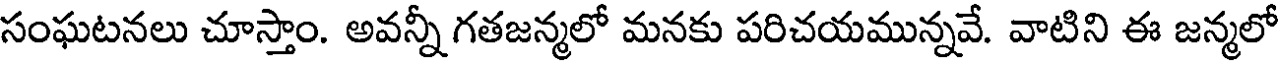
సంఘటనలు చూస్తాం. అవన్నీ గతజన్మలో మనకు పరిచయమున్నవే. వాటిని ఈ జన్మలో